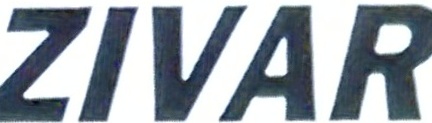
ZIVAR